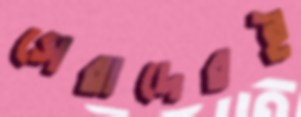
সেরাদেরই